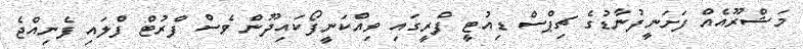
މަޝްރޫއެއް ފަށަނީފުނާޑުގެ ޗިޕްސް ޑިއުޓީ ފްރީގައި ވިއްކަނީފޯކައިދޫން ވެސް ފްރުޓް ފްލައި ފެނިއްޖެ